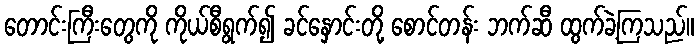
တောင်းကြီးတွေကို ကိုယ်စီရွက်၍ ခင်နှောင်းတို့ စောင်တန်း ဘက်ဆီ ထွက်ခဲ့ကြသည်။